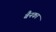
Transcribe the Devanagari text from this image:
बैनका